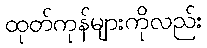
ထုတ်ကုန်များကိုလည်း